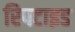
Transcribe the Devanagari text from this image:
रिपटाइड